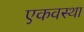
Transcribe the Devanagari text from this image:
एकवस्था